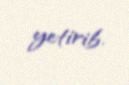
yetirib.